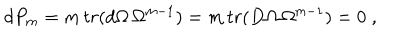
d P _ { m } = m \, t r ( d \Omega \, \Omega ^ { m - 1 } ) = m \, t r ( D \Omega \, \Omega ^ { m - 1 } ) = 0 \; ,